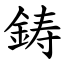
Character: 鋳